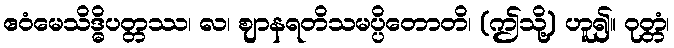
ဧဝံမေသိဒ္ဓိပတ္တဿ၊ လ၊ ဈာနရတိသမပ္ပိတောတိ၊ (ဤသို့) ဟူ၍။ ဝုတ္တံ၊